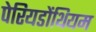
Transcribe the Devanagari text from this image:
पेरियडोंथियम